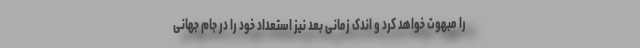
را مبهوت خواهد کرد و اندک زمانی بعد نیز استعداد خود را در جام جهانی